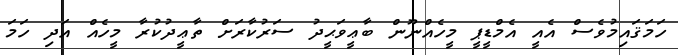
ހަމަޤައިމުވެސް އެއީ އެމްޑީޕީ މީހެއްނޫން ބާޢީވަޙީދު ސަރުކާރަށް ތާޢީދުކުރާ މީހެއް އަދި ހަމަ